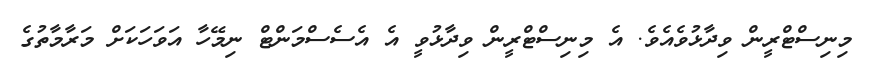
މިނިސްޓްރީން ވިދާޅުވެއެވެ. އެ މިނިސްޓްރީން ވިދާޅުވީ އެ އެސެސްމަންޓް ނިމޭހާ އަވަހަކަށް މަރާމާތުގެ